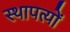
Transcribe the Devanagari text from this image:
स्थापत्यों